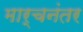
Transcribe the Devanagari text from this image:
मार्चनंतर